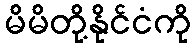
မိမိတို့နိုင်ငံကို